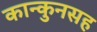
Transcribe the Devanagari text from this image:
कान्कुनसह